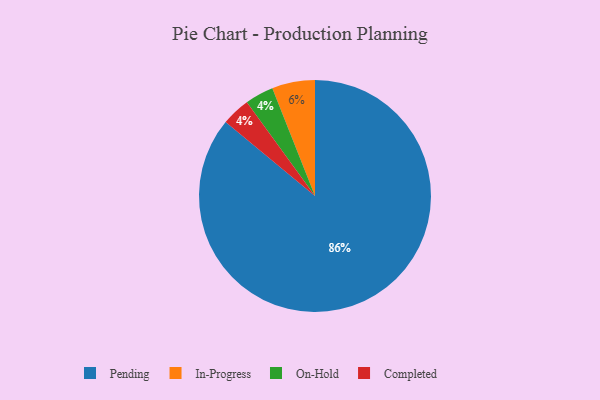
{"axis": {"x": "Category", "y": "Percentage"}, "legend": ["Completed", "In-Progress", "On-Hold", "Pending"], "data": [{"x": "Pending", "y": 86, "type": "Pending"}, {"x": "In-Progress", "y": 6, "type": "In-Progress"}, {"x": "On-Hold", "y": 4, "type": "On-Hold"}, {"x": "Completed", "y": 4, "type": "Completed"}]}